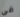
في